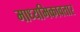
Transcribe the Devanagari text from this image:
माध्यमिकावतार